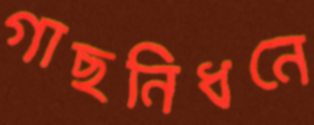
গাছনিধনে